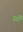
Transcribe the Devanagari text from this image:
स्व्यँ